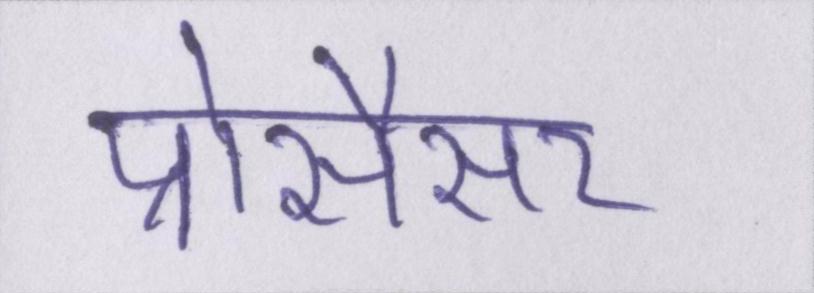
प्रोसैसर